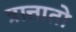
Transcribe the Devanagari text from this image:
त्रात्तातो